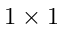
1 \times 1